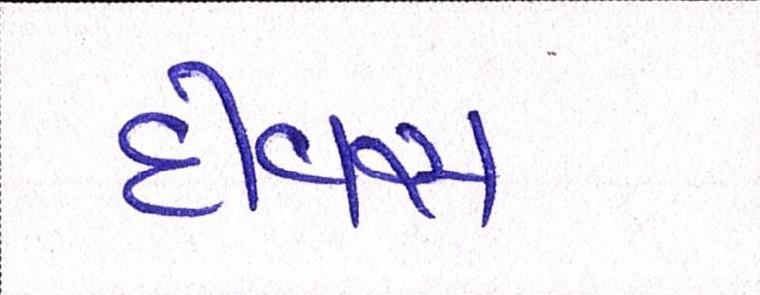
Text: દીવસ